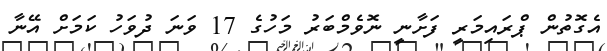
އެގޮތުން ޕްރައިމަރީ ފަށާނީ ނޮވެމްބަރު މަހުގެ 17 ވަނަ ދުވަހު ކަމަށް އޭނާ